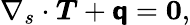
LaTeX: \nabla_{s}\cdot{\boldsymbol{T}}+{\boldsymbol{\mathsf{q}}}={\boldsymbol{0}},